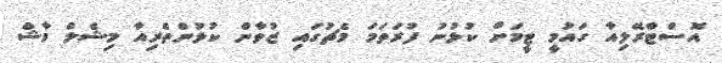
އޮސްޓްރޭލިއާ ގައުމީ ޓީމަށް ކުޅުނު ފުރަތަމަ މެޗުގައި ޒުވާން ކުޅުންތެރިއާ މިޝެލް މާޝް